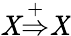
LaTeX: \mathit{X}{\stackrel{+}{\Rightarrow}}\mathit{X}